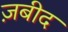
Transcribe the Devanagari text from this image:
ज़बीद